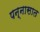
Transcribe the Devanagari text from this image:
पन्‍नासात